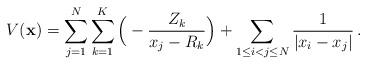
LaTeX: \begin{align*} V({\bf x}) = \sum_{j=1}^{N}\sum_{k=1}^{K}{}\Big( -\frac{Z_k}{x_j-R_k}\Big) +\sum_{1\le i<j\le N}\frac{1}{|x_i-x_j|}\,.\end{align*}